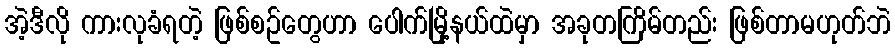
အဲ့ဒီလို ကားလုခံရတဲ့ ဖြစ်စဥ်တွေဟာ ပေါက်မြို့နယ်ထဲမှာ အခုတကြိမ်တည်း ဖြစ်တာမဟုတ်ဘဲ